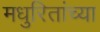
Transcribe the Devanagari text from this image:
मधुरितांच्या